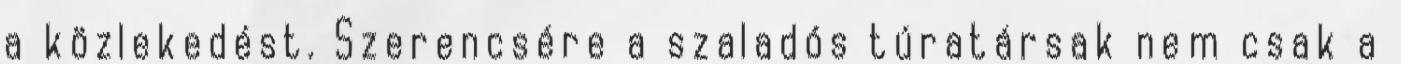
a közlekedést. Szerencsére a szaladós túratársak nem csak a